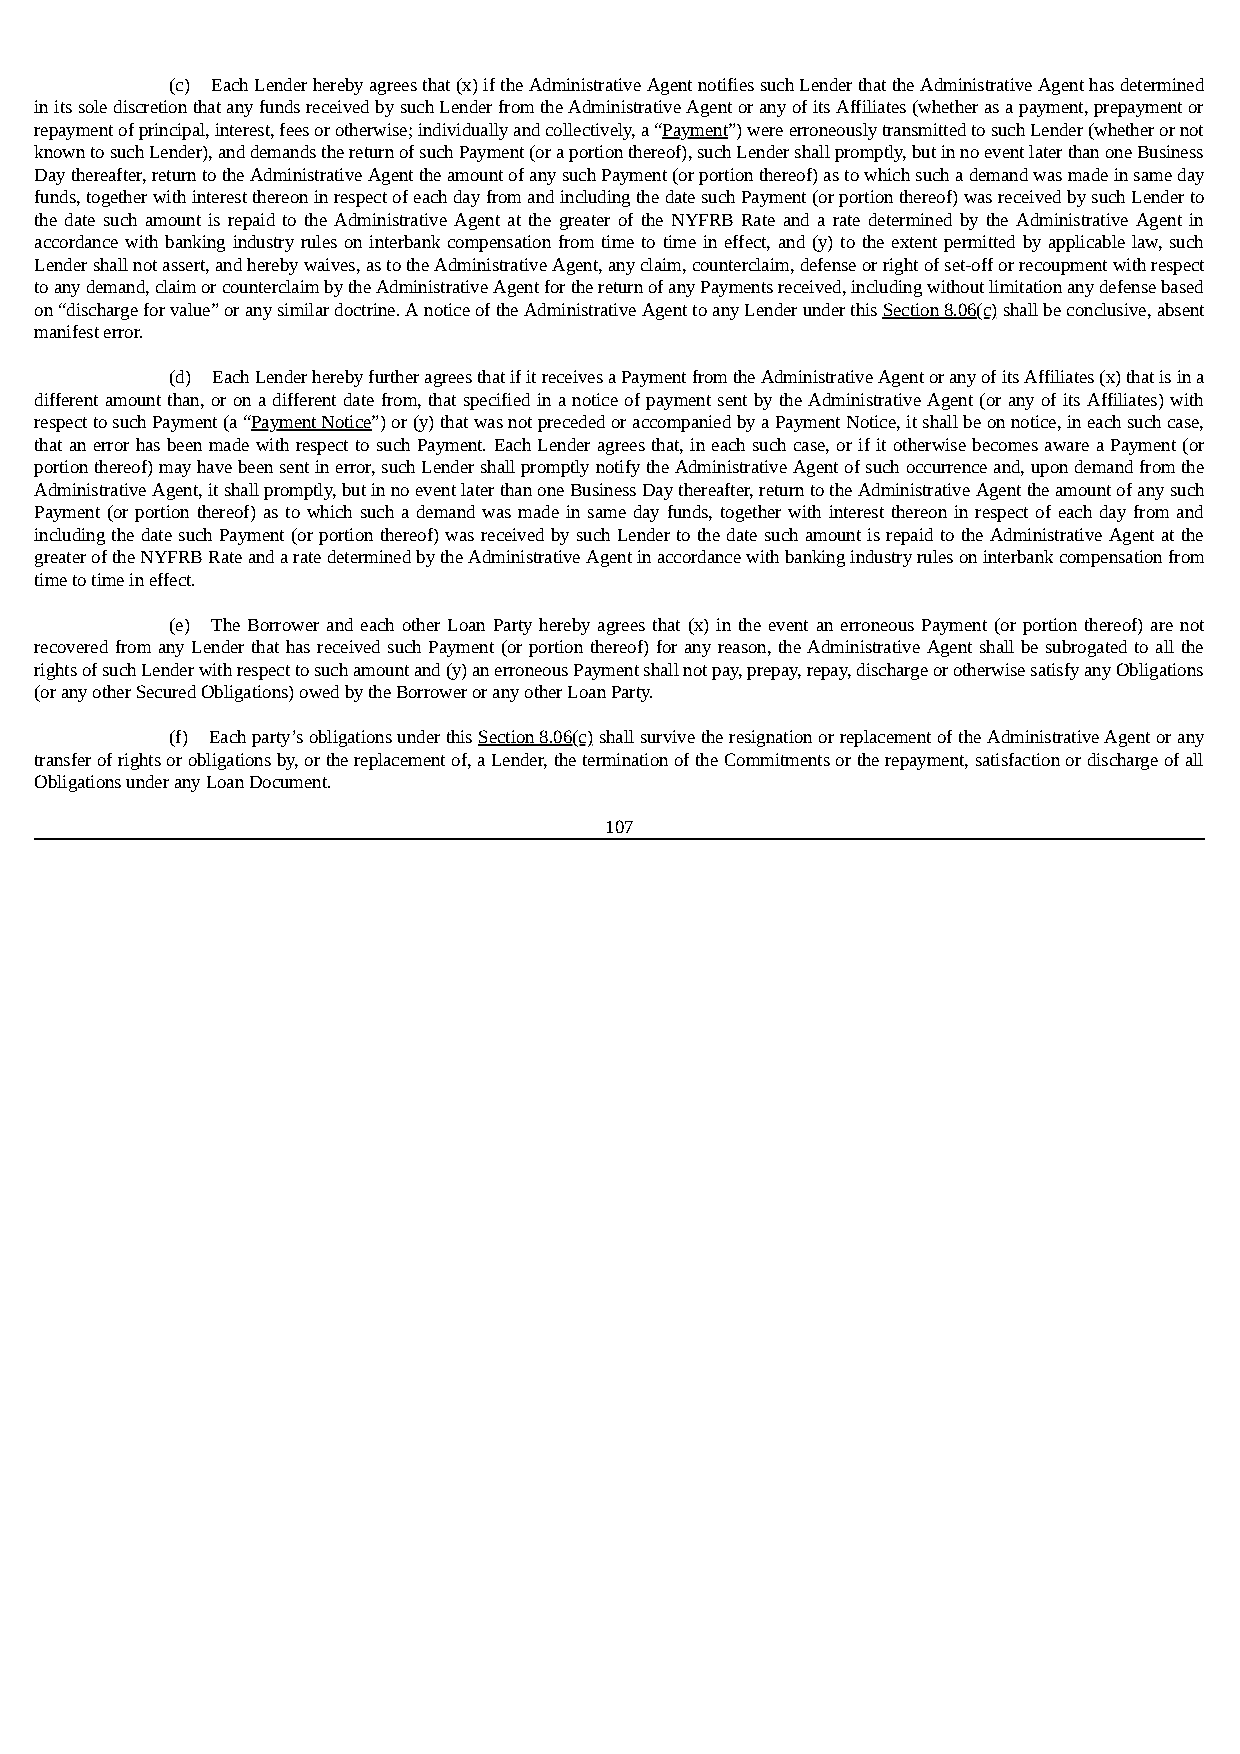
(c) Each Lender hereby agrees that (x) if the Administrative Agent notifies such Lender that the Administrative Agent has determined
 in its sole discretion that any funds received by such Lender from the Administrative Agent or any of its Affiliates (whether as a payment, prepayment or
 repayment of principal, interest, fees or otherwise; individually and collectively, a “Payment”) were erroneously transmitted to such Lender (whether or not
 known to such Lender), and demands the return of such Payment (or a portion thereof), such Lender shall promptly, but in no event later than one Business
 Day thereafter, return to the Administrative Agent the amount of any such Payment (or portion thereof) as to which such a demand was made in same day
 funds, together with interest thereon in respect of each day from and including the date such Payment (or portion thereof) was received by such Lender to
 the date such amount is repaid to the Administrative Agent at the greater of the NYFRB Rate and a rate determined by the Administrative Agent in
 accordance with banking industry rules on interbank compensation from time to time in effect, and (y) to the extent permitted by applicable law, such
 Lender shall not assert, and hereby waives, as to the Administrative Agent, any claim, counterclaim, defense or right of set-off or recoupment with respect
 to any demand, claim or counterclaim by the Administrative Agent for the return of any Payments received, including without limitation any defense based
 on “discharge for value” or any similar doctrine. A notice of the Administrative Agent to any Lender under this Section 8.06(c) shall be conclusive, absent
 manifest error.
 (d) Each Lender hereby further agrees that if it receives a Payment from the Administrative Agent or any of its Affiliates (x) that is in a
 different amount than, or on a different date from, that specified in a notice of payment sent by the Administrative Agent (or any of its Affiliates) with
 respect to such Payment (a “Payment Notice”) or (y) that was not preceded or accompanied by a Payment Notice, it shall be on notice, in each such case,
 that an error has been made with respect to such Payment. Each Lender agrees that, in each such case, or if it otherwise becomes aware a Payment (or
 portion thereof) may have been sent in error, such Lender shall promptly notify the Administrative Agent of such occurrence and, upon demand from the
 Administrative Agent, it shall promptly, but in no event later than one Business Day thereafter, return to the Administrative Agent the amount of any such
 Payment (or portion thereof) as to which such a demand was made in same day funds, together with interest thereon in respect of each day from and
 including the date such Payment (or portion thereof) was received by such Lender to the date such amount is repaid to the Administrative Agent at the
 greater of the NYFRB Rate and a rate determined by the Administrative Agent in accordance with banking industry rules on interbank compensation from
 time to time in effect.
 (e) The Borrower and each other Loan Party hereby agrees that (x) in the event an erroneous Payment (or portion thereof) are not
 recovered from any Lender that has received such Payment (or portion thereof) for any reason, the Administrative Agent shall be subrogated to all the
 rights of such Lender with respect to such amount and (y) an erroneous Payment shall not pay, prepay, repay, discharge or otherwise satisfy any Obligations
 (or any other Secured Obligations) owed by the Borrower or any other Loan Party.
 (f) Each party’s obligations under this Section 8.06(c) shall survive the resignation or replacement of the Administrative Agent or any
 transfer of rights or obligations by, or the replacement of, a Lender, the termination of the Commitments or the repayment, satisfaction or discharge of all
 Obligations under any Loan Document.
 107